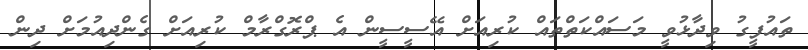
ތައުފީގު ވިދާޅުވީ މަސައްކަތްތައް ކުރިއަށް އޭސީސީން އެ ޕްރޮގްރާމް ކުރިއަށް ގެންދިއުމަށް ދިން